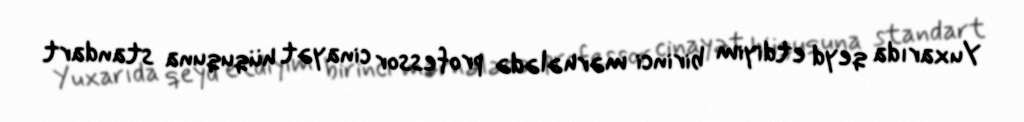
Yuxarıda qeyd etdiyim birinci mərhələdə professor cinayət hüququna standart